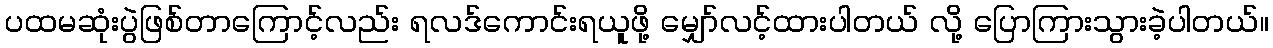
ပထမဆုံးပွဲဖြစ်တာကြောင့်လည်း ရလဒ်ကောင်းရယူဖို့ မျှော်လင့်ထားပါတယ် လို့ ပြောကြားသွားခဲ့ပါတယ်။